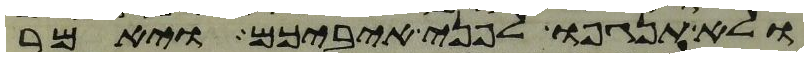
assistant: ולא תנגפו לפני איביכם ויאמר